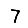
Digit: 7